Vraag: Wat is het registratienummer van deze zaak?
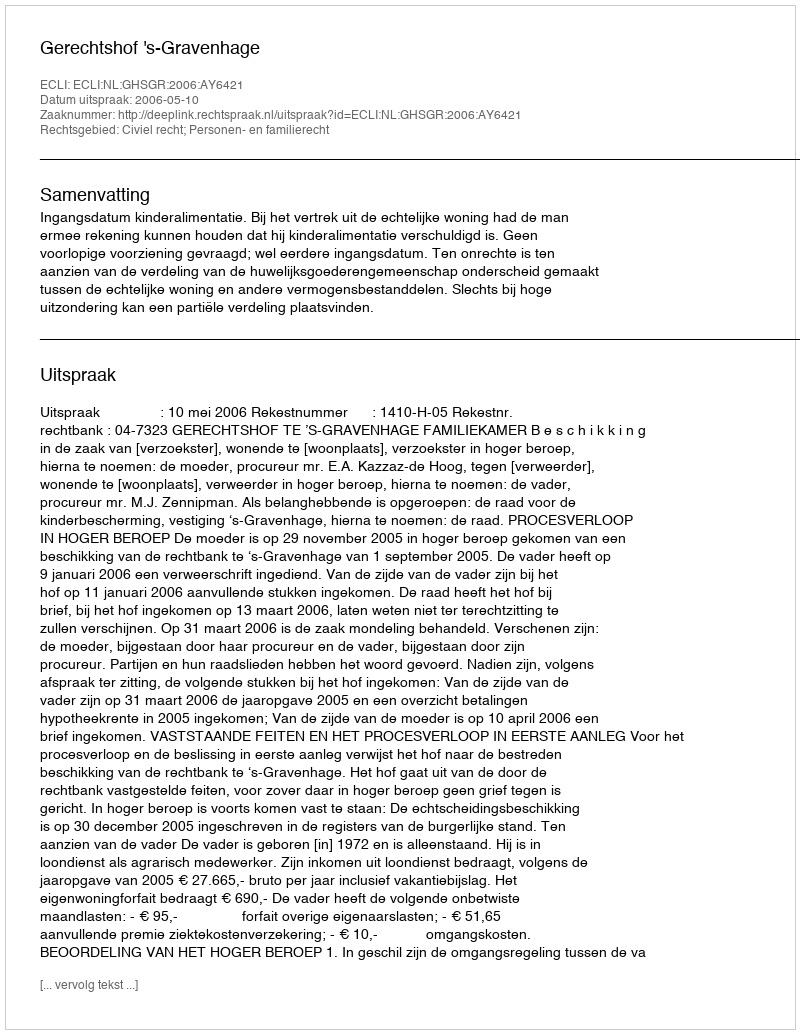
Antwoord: http://deeplink.rechtspraak.nl/uitspraak?id=ECLI:NL:GHSGR:2006:AY6421